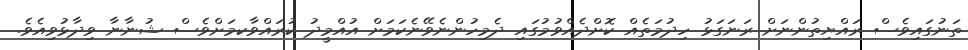
ތަނުގައިވެސް ރައްޔިތުންނަށް ރަނަގަޅު ހިދުމަތެއް ކޮށްދެއްވުމުގައި ދެމިހުންނެވޭނެކަމަށް އުއްމީދު ކުރައްވާކމަށްވެސް ޝުނާނާ ވިދާޅުވިއެވެ.